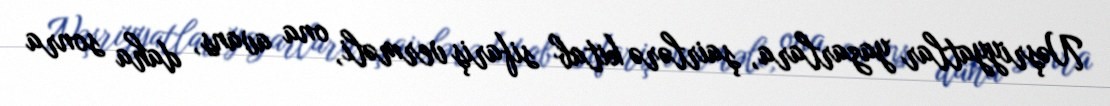
Nəşriyyatlar yazarlara, şairlərə kitab sifariş verməli, ona avans, daha sonra